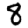
Digit: 8